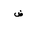
Letter: _dad